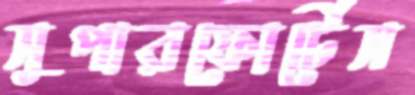
সুপারফোর্টেস